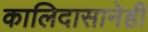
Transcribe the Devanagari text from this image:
कालिदासानेही